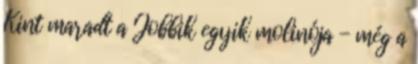
Kint maradt a Jobbik egyik molinója - még a